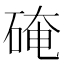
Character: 硽